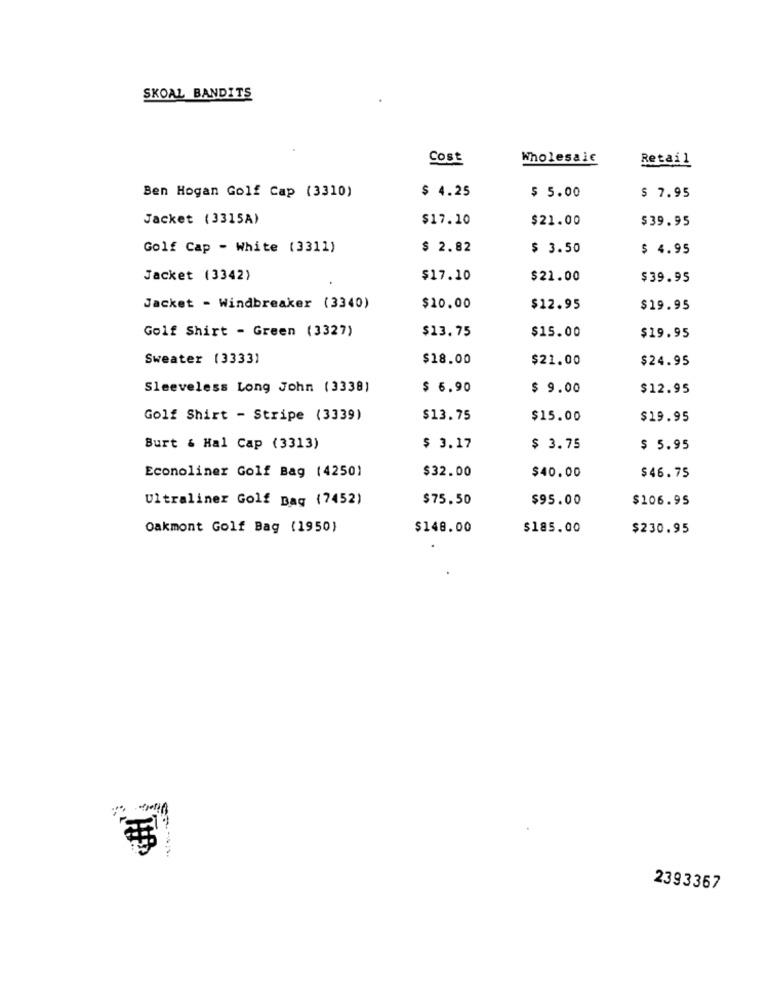
SKOAL BANDITS
Cost
Wholesale
Retail
$ 4.25
Ben Hogan Golf Cap (3310)
$ 5.00
$ 7.95
Jacket (3315A)
$17.10
$21.00
$39.95
Golf Cap - White (3311)
$ 2.82
$ 3.50
$ 4.95
Jacket (3342)
$17.10
$21.00
$39.95
Jacket - Windbreaker (3340)
$10.00
$12.95
$19.95
Golf Shirt - Green (3327)
$13.75
$15.00
$19.95
Sweater (3333)
$18.00
$21.00
$24.95
Sleeveless Long John (3338)
$ 6.90
$ 9.00
$12.95
Golf Shirt - Stripe (3339)
$13.75
$15.00
$19.95
Burt & Hal Cap (3313)
$ 3.17
$ 3.75
$ 5.95
Econoliner Golf Bag (4250)
$32.00
$40.00
$46.75
Ultraliner Golf Bag (7452)
$75.50
$95.00
$106.95
Oakmont Golf Bag (1950)
$148.00
$185.00
$230.95
2393367